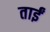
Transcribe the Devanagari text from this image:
ताईं